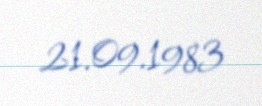
21.09.1983